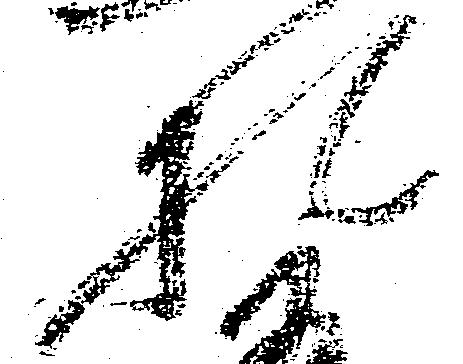
札